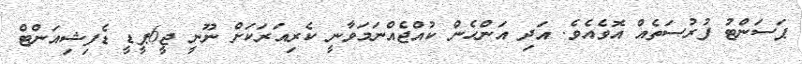
ޕަސަންޓު ފުރުސަތެއް އޮވެއެވެ. އަދި އަންހެން ކުއްޖެއްނަމަވާނީ ކެރިއަރަކަށް ނޫނީ ޖީ6ޕީޑީ ޑެފިޝިއަންޓް